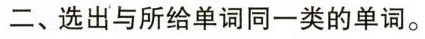
二、选出与所给单词同一类的单词。